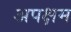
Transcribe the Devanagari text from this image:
अपक्षम